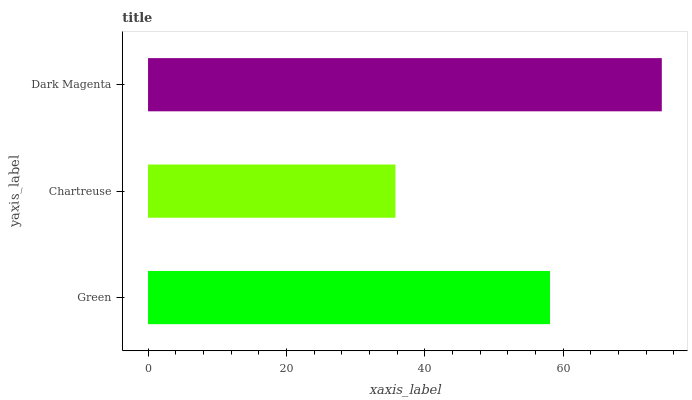
| yaxis_label | bars |
 | --- | --- |
 | Green | 58.1 |
 | Chartreuse | 35.7 |
 | Dark Magenta | 74.2 |